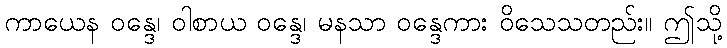
ကာယေန ဝန္ဒေ၊ ဝါစာယ ဝန္ဒေ၊ မနသာ ဝန္ဒေကား ဝိသေသတည်း။ ဤသို့